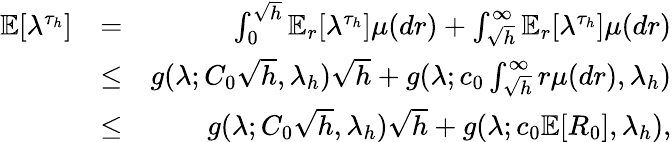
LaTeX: \begin{array}{rlr}{\mathbb{E}[\lambda^{\tau_{h}}]}&{=}&{\int_{0}^{\sqrt{h}}\mathbb{E}_{r}[\lambda^{\tau_{h}}]\mu(dr)+\int_{\sqrt{h}}^{\infty}\mathbb{E}_{r}[\lambda^{\tau_{h}}]\mu(dr)}\\ &{\le}&{g(\lambda;C_{0}\sqrt{h},\lambda_{h})\sqrt{h}+g(\lambda;c_{0}\int_{\sqrt{h}}^{\infty}r\mu(dr),\lambda_{h})}\\ &{\le}&{g(\lambda;C_{0}\sqrt{h},\lambda_{h})\sqrt{h}+g(\lambda;c_{0}\mathbb{E}[R_{0}],\lambda_{h}),}\end{array}